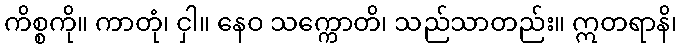
ကိစ္စကို။ ကာတုံ၊ ငှါ။ နေဝ သက္ကောတိ၊ သည်သာတည်း။ ဣတရာနိ၊